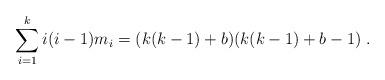
LaTeX: \begin{align*} \sum^{k}_{i=1}i(i-1)m_{i}=(k(k-1)+b)(k(k-1)+b-1)\;. \end{align*}